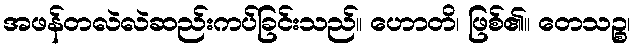
အဖန်တလဲလဲဆည်းကပ်ခြင်းသည်။ ဟောတိ၊ ဖြစ်၏။ တေသဉ္စ၊